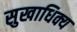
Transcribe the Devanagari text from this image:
सुखाधिक्य